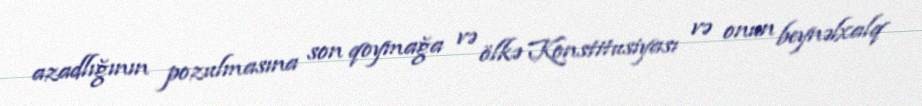
azadlığının pozulmasına son qoymağa və ölkə Konstitusiyası və onun beynəlxalq